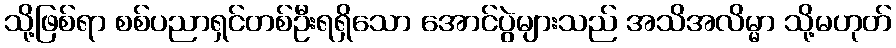
သို့ဖြစ်ရာ စစ်ပညာရှင်တစ်ဦးရရှိသော အောင်ပွဲများသည် အသိအလိမ္မာ သို့မဟုတ်